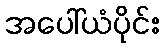
အပေါ်ယံပိုင်း